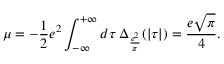
\mu = - \frac { 1 } { 2 } e ^ { 2 } \int _ { - \infty } ^ { + \infty } d \tau \, \Delta _ { \frac { e ^ { 2 } } { \pi } } ( | \tau | ) = \frac { e \sqrt { \pi } } { 4 } .